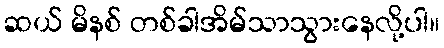
ဆယ် မိနစ် တစ်ခါအိမ်သာသွားနေလို့ပါ။